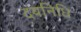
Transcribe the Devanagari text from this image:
दयनिधि